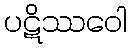
ပဋိဿဝေါ